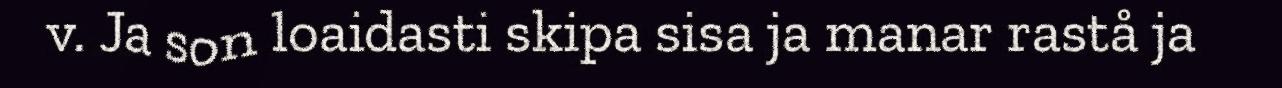
v. Ja son loaidasti skipa sisa ja manar rastå ja